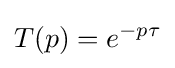
T(p)=e^{-p\tau }